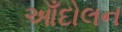
આઁદોલન